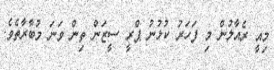
މިއީ ރެއާލުން މި ފަހަރު ކުޅުނު ޕްރީ ސީޒަން ތިން ވަނަ މުބާރާތެވެ.